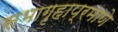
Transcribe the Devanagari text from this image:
सभागृहाप्रमाणे